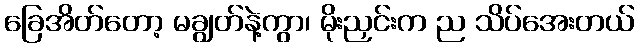
ခြေအိတ်တော့ မချွတ်နဲ့ကွာ၊ မိုးညှင်းက ည သိပ်အေးတယ်